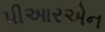
પીઆરએન